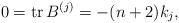
LaTeX: \begin{gather*}0 = \operatorname{tr} B^{(j)} = - (n+2)k_j,\end{gather*}